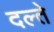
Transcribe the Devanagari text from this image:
दल्ते